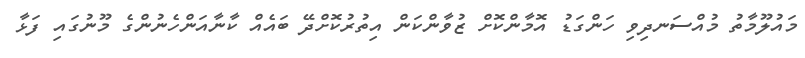
މައުލޫމާތު މުއްސަނދިވި ހަންގަޑު އޮމާންކޮށް ޒުވާންކަން އިތުރުކޮށްދޭ ބައެއް ކާނާއަންހެނުންގެ މޫނުގައި ފަޅާ